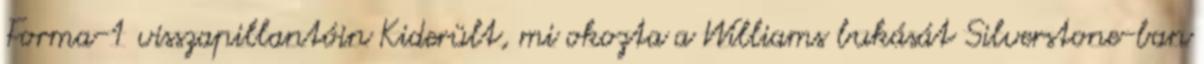
Forma-1 visszapillantóin Kiderült, mi okozta a Williams bukását Silverstone-ban